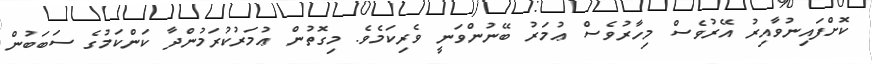
ކޮށްފައިނުވާއިރު އޭރުވެސް މިހާރުވެސް ޢުމަރު ބޭނުންވަނީ ވެރިކަމެވެ. މިގޮތުން ޢުމަރުކުރަމުންދާ ކަންކަމުގެ ސަބަބުން